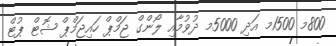
800މ 1500މ އަދި 5000މ ދުވުމާއި ލޯންގް ޖަމްޕް ހައިޖަމްޕް ޝޮޓް ޕުޓް